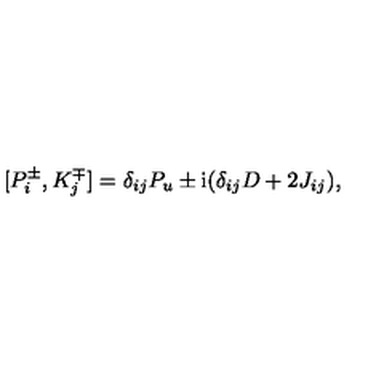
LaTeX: { } [ P _ { i } ^ { \pm } , K _ { j } ^ { \mp } ] = \delta _ { i j } P _ { u } \pm \mathrm { i } ( \delta _ { i j } D + 2 J _ { i j } ) ,